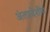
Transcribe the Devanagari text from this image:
अंतप्रदेशीय